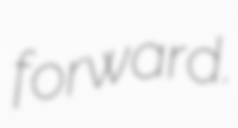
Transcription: forward.